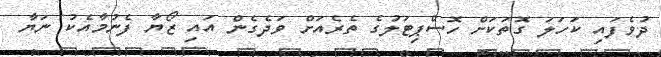
ދުވެފައި ކަހަލަ ގޮތަކަށް ހޮސްޕިޓަލުގެ ތެރެއަށް ވަދެގެން އައި ޒޯޔާ ފެނުމާއެކު ނަޔާ